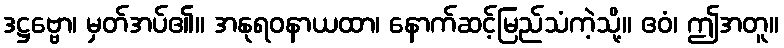
ဒဋ္ဌဗ္ဗော၊ မှတ်အပ်၏။ အနုရဝနာယထာ၊ နောက်ဆင့်မြည်သံကဲ့သို့။ ဧဝံ၊ ဤအတူ။